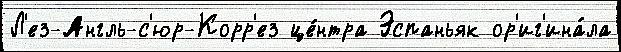
Л'ез-Англь-с'юр-Корр'ез це́нтра Эспаньяк ор'иг'ина́ла